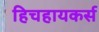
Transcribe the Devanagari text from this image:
हिचहायकर्स